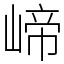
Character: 崹